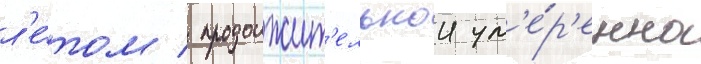
л'е́том / продолжит'ельнои ум'е́р'енно